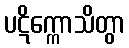
ပဋိက္ကောသိတွာ